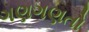
ગણગણતો